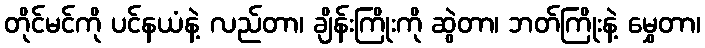
တိုင်မင်ကို ပင်နယံနဲ့ လည်တာ၊ ချိန်းကြိုးကို ဆွဲတာ၊ ဘတ်ကြိုးနဲ့ မွှေတာ၊